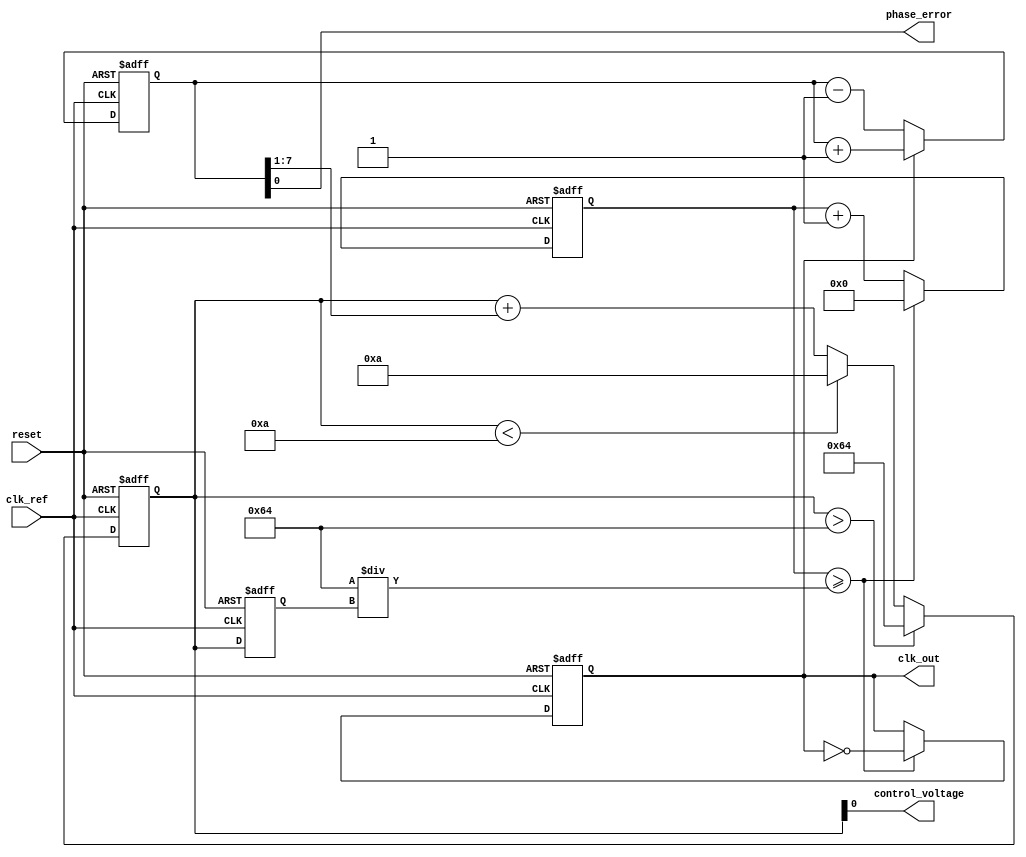
module pll (
    input wire clk_ref,         // Reference clock input
    input wire reset,           // Reset signal
    output reg clk_out,         // Output clock from VCO
    output wire phase_error,     // Phase error signal for monitoring
    output wire control_voltage   // Control voltage signal for monitoring
);

// Parameters
parameter CLK_DIV_FACTOR = 4; // Divider factor for output clock
parameter VCO_MAX_FREQ = 100;  // Maximum frequency of VCO
parameter VCO_MIN_FREQ = 10;   // Minimum frequency of VCO

// Internal signals
reg [7:0] phase_error_reg;     // Phase error register
reg [7:0] control_voltage_reg;  // Control voltage for VCO
reg [7:0] vco_freq;             // Current frequency of VCO
reg [31:0] counter;             // Counter for generating output clock

// Phase Detector (PD)
always @(posedge clk_ref or posedge reset) begin
    if (reset) begin
        phase_error_reg <= 0;
    end else begin
        // Simple phase detector implementation
        // Increase phase error if VCO lags reference, decrease if leads
        if (clk_out) begin
            phase_error_reg <= phase_error_reg + 1; // VCO is behind
        end else begin
            phase_error_reg <= phase_error_reg - 1; // VCO is ahead
        end
    end
end

// Loop Filter (LF)
always @(posedge clk_ref or posedge reset) begin
    if (reset) begin
        control_voltage_reg <= 0;
    end else begin
        // Simple proportional filter
        control_voltage_reg <= control_voltage_reg + (phase_error_reg >> 1);
        // Saturate control voltage to VCO limits
        if (control_voltage_reg > VCO_MAX_FREQ)
            control_voltage_reg <= VCO_MAX_FREQ;
        else if (control_voltage_reg < VCO_MIN_FREQ)
            control_voltage_reg <= VCO_MIN_FREQ;
    end
end

// Voltage-Controlled Oscillator (VCO)
always @(posedge clk_ref or posedge reset) begin
    if (reset) begin
        vco_freq <= VCO_MIN_FREQ;
        clk_out <= 0;
        counter <= 0;
    end else begin
        // Update VCO frequency based on control voltage
        vco_freq <= control_voltage_reg;

        // Generate output clock based on VCO frequency
        if (counter >= (100 / vco_freq)) begin
            clk_out <= ~clk_out;
            counter <= 0;
        end else begin
            counter <= counter + 1;
        end
    end
end

// Assign outputs
assign phase_error = phase_error_reg[0];  // Example output for phase error monitoring
assign control_voltage = control_voltage_reg; // Control voltage monitoring

endmodule